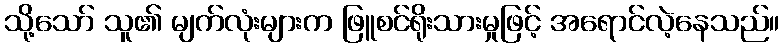
သို့သော် သူ၏ မျက်လုံးများက ဖြူစင်ရိုးသားမှုဖြင့် အရောင်လဲ့နေသည်။